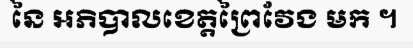
នៃ អភិបាលខេត្តព្រៃវែង មក ។